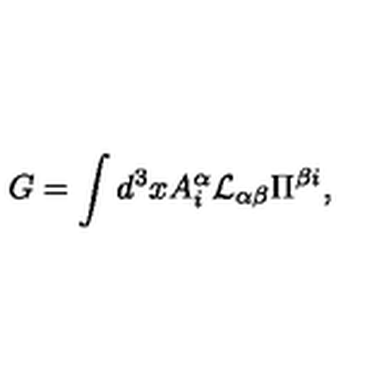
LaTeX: G = \int d ^ { 3 } x A _ { i } ^ { \alpha } { \cal L } _ { \alpha \beta } \Pi ^ { \beta i } ,